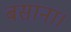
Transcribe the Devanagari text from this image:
बसाना।